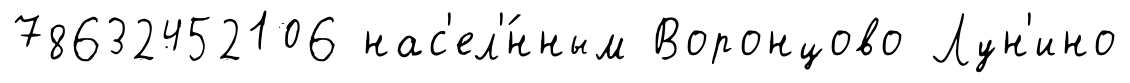
78632452106 нас'ел'́нным Воронцово Лун'ино